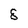
Character: 8